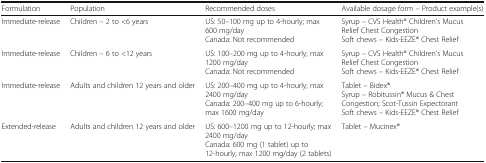
<table><thead><tr><td><b>Formulation</b></td><td><b>Population</b></td><td><b>Recommended doses</b></td><td><b>Available dosage form – Product example(s)</b></td></tr></thead><tbody><tr><td>Immediate-release</td><td>Children – 2 to &lt;6 years</td><td>US: 50–100 mg up to 4-hourly; max 600 mg/dayCanada: Not recommended</td><td>Syrup – CVS Health® Children’s Mucus Relief Chest CongestionSoft chews – Kids-EEZE® Chest Relief</td></tr><tr><td>Immediate-release</td><td>Children – 6 to &lt;12 years</td><td>US: 100–200 mg up to 4-hourly; max 1200 mg/dayCanada: Not recommended</td><td>Syrup – CVS Health® Children’s Mucus Relief Chest CongestionSoft chews – Kids-EEZE® Chest Relief</td></tr><tr><td>Immediate-release</td><td>Adults and children 12 years and older</td><td>US: 200–400 mg up to 4-hourly; max 2400 mg/dayCanada: 200–400 mg up to 6-hourly; max 1600 mg/day</td><td>Tablet – Bidex®Syrup – Robitussin® Mucus &amp; Chest Congestion; Scot-Tussin ExpectorantSoft chews – Kids-EEZE® Chest Relief</td></tr><tr><td>Extended-release</td><td>Adults and children 12 years and older</td><td>US: 600–1200 mg up to 12-hourly; max 2400 mg/dayCanada: 600 mg (1 tablet) up to 12-hourly; max 1200 mg/day (2 tablets)</td><td>Tablet – Mucinex®</td></tr></tbody></table>